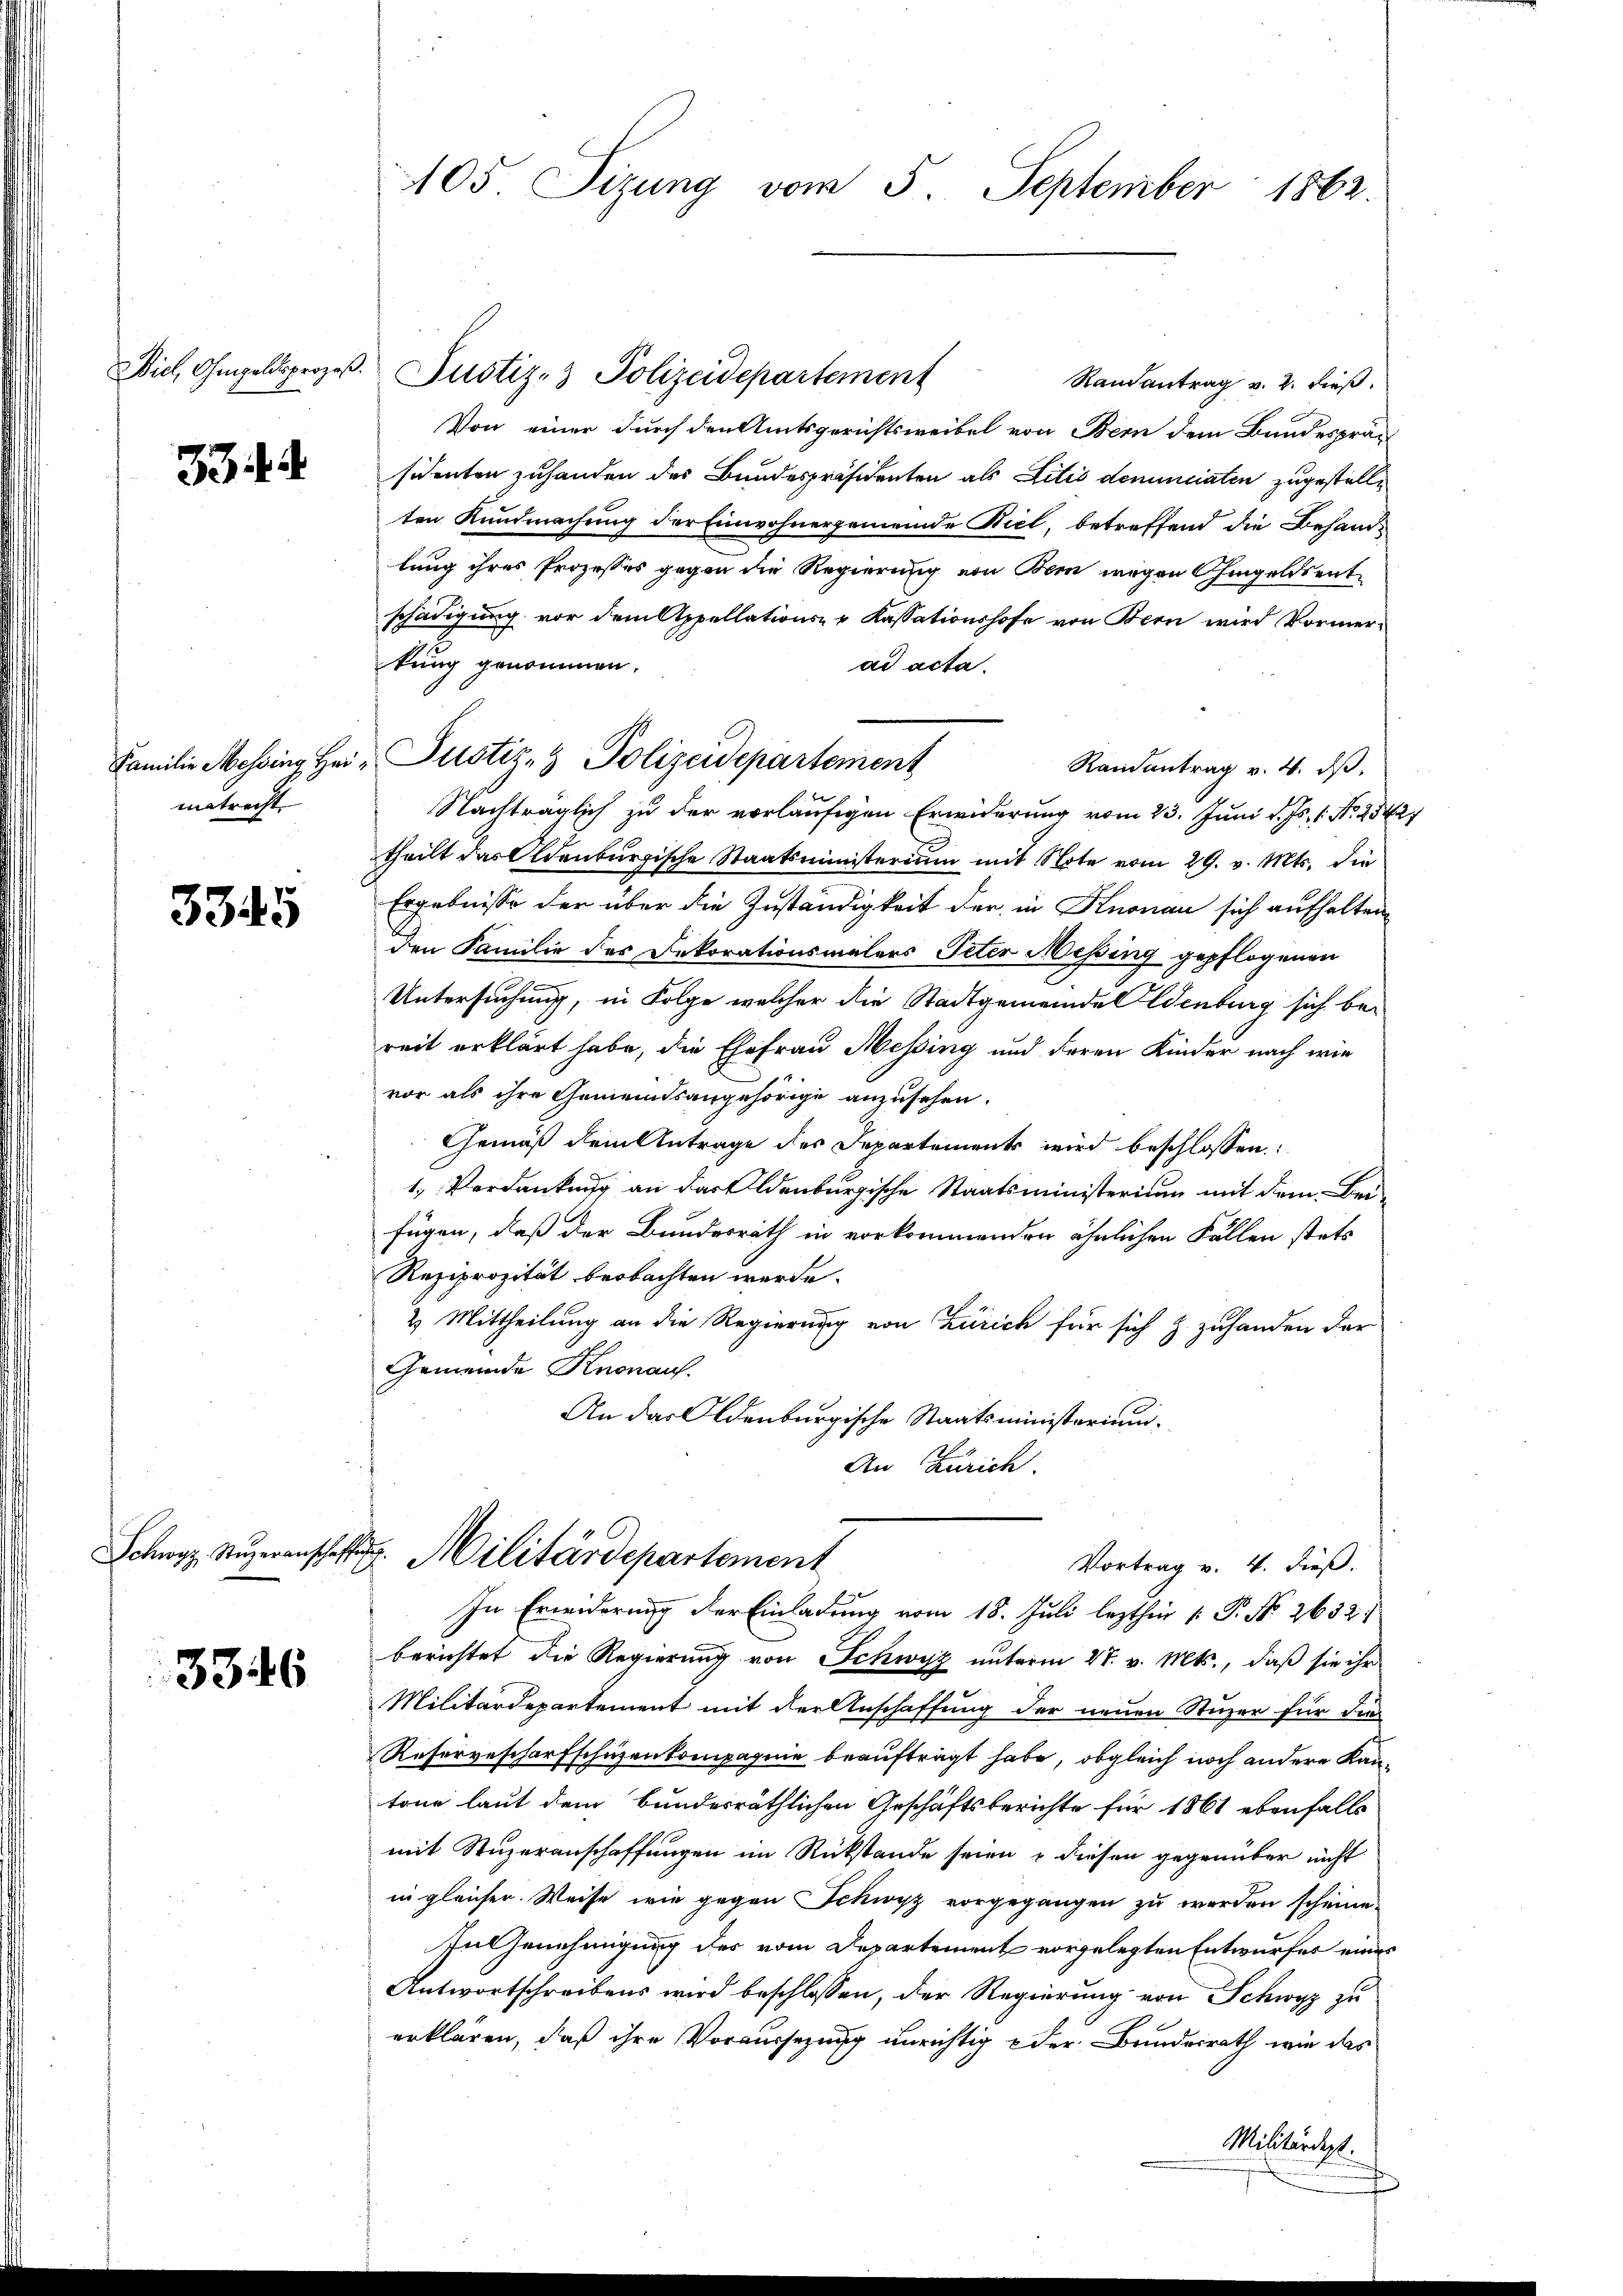
Biel, Ohmgeldsprozeß.

33

matrecht.

3345

3346

105 Sizung vom 5. September 1862.

Justiz- & Polizeidepartement
Randantrag v. 2. dieß.
Von einer durch den Amtsgerichtsweibel von Bern dem Bandesprä-
sichenten zuhanden des Bundespräsidenten als Litis denunciaten zugestelle
ten Kundmachung der Einwohnergemeinde Biel, betreffend die Behandlung ihres Prozesses gegen die Regierung von Bei wegen Chingeldsentschädigung vor dem Appellations- & Kassationshofe von Bern wird Vormerkung genommen.
ad acta.
Randantrag v. 4. ds.
Nachträglich zu der vorläufigen Erwiderung vom 23. Juni d. Js. 1. No. 2342
theilt das Altenburgische Staatsministerium mit Note vom 29. v. Mts. die
Ergebnisse der über die Zuständigkeit der in Knonau sich aufhalten
den Familie des Dekorationsmalers Peter Messing gepflogenen
Untersuchung, in Folge welcher die Stadtgemeinde Wenburg sich be-
reit erklärt habe, die Ehefrau Messing und deren Kinder nach wie
vor als ihre Gemeindsangehörige anzusehen.
Gemäß dem Antrage des Departements wird beschlossen:
1. Verdankung an das Aldenburgische Staatsministerium mit dem Bei-
fügen, daß der Bundesrath in vorkommenden ähnlichen Fällen stets
Reziprozität beobachten werde.
2 Mittheilung an die Regierung von Zürich für sich & zuhanden der
Gemeinde Knonauf.
An das Oldenburgische Staatsministerium.
An Zürich.
Schwyz Lŭzern Militärdepartement
Vortrag v. 4. dieß.
In Erwiderung der Einladung vom 18. Juli lezthin  P. No 2632:
berichtet die Regierung von Schwyz unterm 27. v. Mts., daß sie ihr
Militärdepartement mit der Anschaffung der neuen Stuzer für die
Resorgescharfschüzenkompagnie beauftragt habe, obgleich noch andere Kantone laut dem Bundesräthlichen Geschäftsberichte für 1861 ebenfalls
mit Stuzeranschaffungen im Rückstände seien & diesen gegenüber nicht
in gleicher. Weise wie gegen Schwyz vorgegangen zu werden scheine
In Genehmigung des vom Departement vorgelegten Entwurfes eines
Antwortschreibens wird beschlossen, der Regierung von Schwyz zu
erklären, daß ihre Voraussezung unrichtig & der Bundesrath wie das
Militärdept.

Familie Messing Her Justiz- & Polizeidepartement